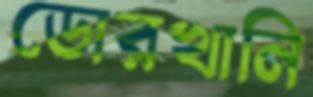
ডোরখানি